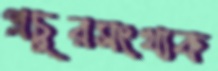
প্রচুরসংখ্যক